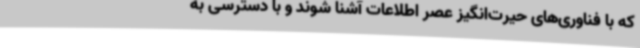
که با فناوری‌های حیرت‌انگیز عصر اطلاعات آشنا شوند و با دسترسی به